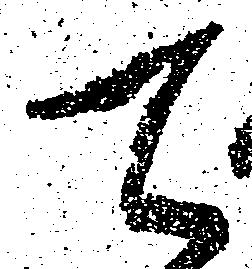
て